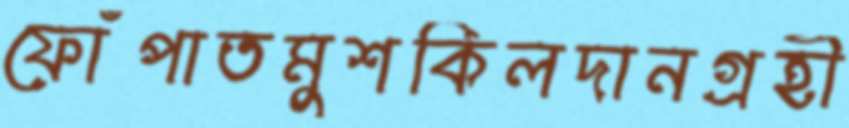
ফোঁপাতমুশকিলদানগ্রহী